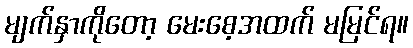
မျက်နှာကိုတော့ မေးစေ့အထက် မမြင်ရ။